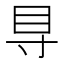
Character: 𥃷